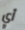
أي